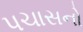
પચાસનો